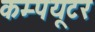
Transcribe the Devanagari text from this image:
कम्पयूटर